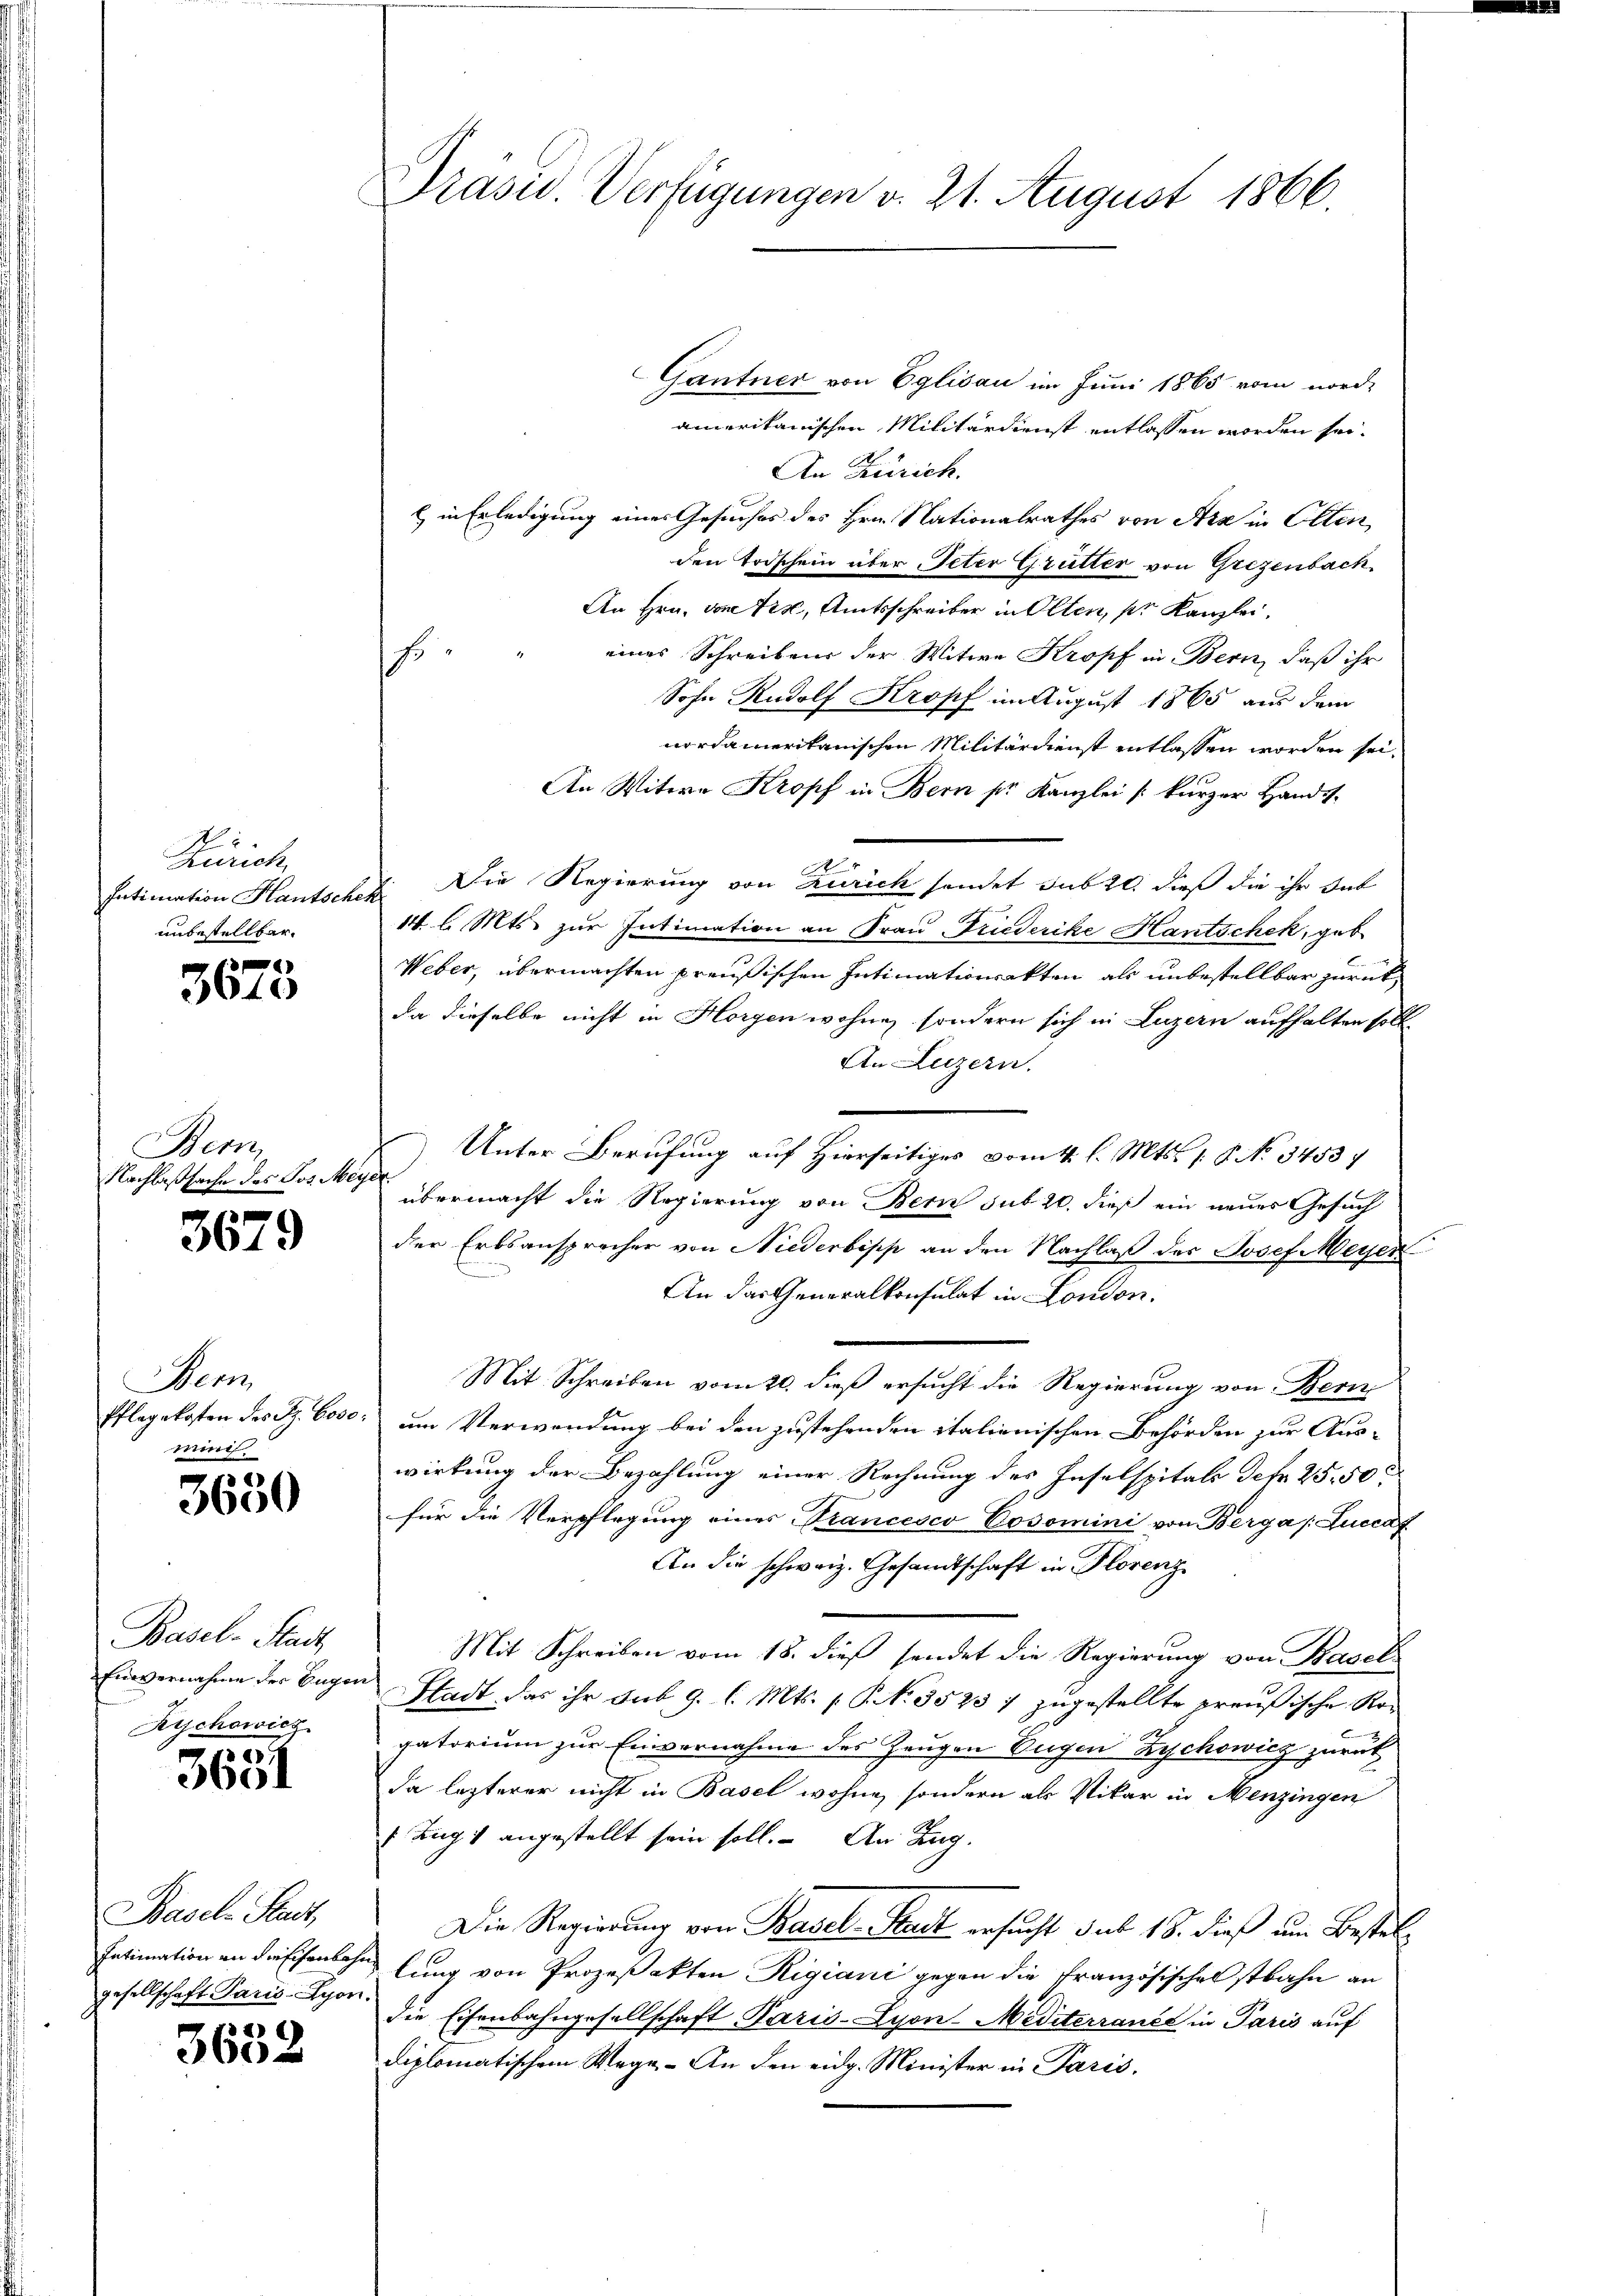
Zürich.
Intimation Kautsche
unbestellbar.

)
3610

Bern,
Nachlaßsache des Jos. Mez

3679

Bern
Pflegekosten des S. 6000.
ming

3680

Basel-Stadt
Einvernahme der Eugen
Rychowicz

)
3601

Basch Stadt,
Intimation an die Eisenbahn
gesellschaft Paris-Syon.

3632

Präsid. Verfügungen v. 21. August 1866

Gantner von Eglisau im Juni 1865 vom nord-
amerikanischen Militärdienst entlassen worden sei.
An Zürich.
& in Erledigung eines Gesuches des Hrn. Nationalrathes von Arz in Olten,
den Todschein über Peter Grütter von Grezenbach,
An Hrn. von Tis, Amtsschreiber in Olten, pr Kanzlei,
He
eines Schreibens der Witwe Kropf in Bern, daß ihr
Sohn Rudolf Kropf im August 1865 aus dem
nordamerikanischen Militärdienst entlassen worden sei.
An Witwe Kropf in Bern pr. Kanzlei (kurzer Handes-
6
Die Regierung von Zürich sondet sub 20. dieß die ihr dab
14 l. Mts. zur Intimation an Frau, Friederike Hantschek, geb
Weber, übermachten preußischen Intimationsakten als unbestellbar zurückda dieselbe nicht in Horgen wohne, sondern sich in Luzern aufhalten soll.
An Luzern.
Unter Berufung auf Hierseitiges vom 4. l. Mts. 1. 8. No 3453/
übermacht die Regierung von Bern sub 20. dieß ein neues Gesuch
der Erbsansprecher von Niederbipp an den Nachlaß der Josef Meyer
An das Generalkonsulat in London.
Mit Schreiben vom 20. dieß ersucht die Regierung von Bern
am Verwendung bei den zustehenden italienischen Behörden zur Auswirkung der Bezahlung einer Rechnung des Inselspitals Petr. 25. 50
für die Verpflegung eines Trancesco Cosomini von Bergas: Luccaf
An die schweiz. Gesandtschaft in Florenz
Mit Schreiben vom 18. dieß sendet die Regierung von Basel
Stadt das ihr sub. 9. l. Mts. (T. N. 3523 / zugestellte preußische Kogatorium zur Einvernahme des Zeugen Eugen Zychowicz zurück
da lezterer nicht in Basel wohne, sondern als Vikar in Menzingen
 Zug 4 angestellt sein soll. An Zug.
Die Regierung von Basel-Stadt ersucht sub 18. dieß am Bestell
lung von Prozeßakten Rigiani gegen die Französisches stbahn an
die Eisenbahngesellschaft Paris-Lyon-Méditerrance in Paris auf
diplomatischem Wege. An den eidg. Minister in Paris.